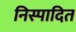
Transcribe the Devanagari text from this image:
निस्पादित